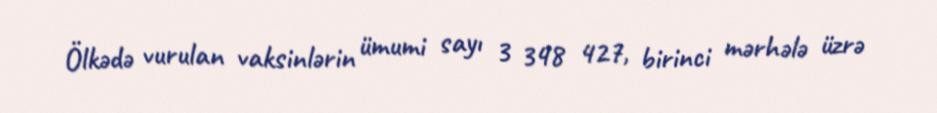
Ölkədə vurulan vaksinlərin ümumi sayı 3 348 427, birinci mərhələ üzrə